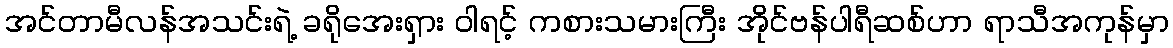
အင်တာမီလန်အသင်းရဲ့ ခရိုအေးရှား ဝါရင့် ကစားသမားကြီး အိုင်ဗန်ပါရီဆစ်ဟာ ရာသီအကုန်မှာ